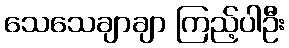
သေသေချာချာ ကြည့်ပါဦး